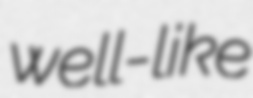
well-like